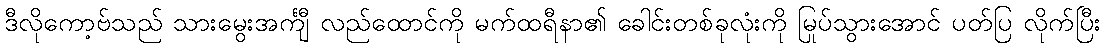
ဒီလိုကော့ဗ်သည် သားမွေးအင်္ကျီ လည်ထောင်ကို မက်ထရီနာ၏ ခေါင်းတစ်ခုလုံးကို မြုပ်သွားအောင် ပတ်ပြ လိုက်ပြီး